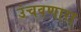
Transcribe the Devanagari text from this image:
उंचवणारा